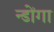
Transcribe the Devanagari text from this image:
न्डोंगा